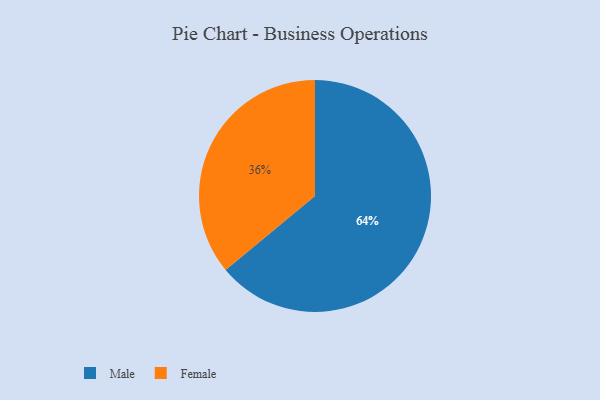
{"axis": {"x": "Category", "y": "Percentage"}, "legend": ["Female", "Male"], "data": [{"x": "Female", "y": 36, "type": "Female"}, {"x": "Male", "y": 64, "type": "Male"}]}